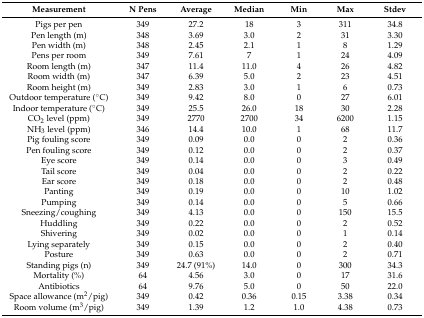
<table><thead><tr><td><b>Measurement</b></td><td><b>N Pens</b></td><td><b>Average</b></td><td><b>Median</b></td><td><b>Min</b></td><td><b>Max</b></td><td><b>Stdev</b></td></tr></thead><tbody><tr><td>Pigs per pen</td><td>349</td><td>27.2</td><td>18</td><td>3</td><td>311</td><td>34.8</td></tr><tr><td>Pen length (m)</td><td>348</td><td>3.69</td><td>3.0</td><td>2</td><td>31</td><td>3.30</td></tr><tr><td>Pen width (m)</td><td>348</td><td>2.45</td><td>2.1</td><td>1</td><td>8</td><td>1.29</td></tr><tr><td>Pens per room</td><td>349</td><td>7.61</td><td>7</td><td>1</td><td>24</td><td>4.09</td></tr><tr><td>Room length (m)</td><td>347</td><td>11.4</td><td>11.0</td><td>4</td><td>26</td><td>4.82</td></tr><tr><td>Room width (m)</td><td>347</td><td>6.39</td><td>5.0</td><td>2</td><td>23</td><td>4.51</td></tr><tr><td>Room height (m)</td><td>349</td><td>2.83</td><td>3.0</td><td>1</td><td>6</td><td>0.73</td></tr><tr><td>Outdoor temperature (°C)</td><td>349</td><td>9.42</td><td>8.0</td><td>0</td><td>27</td><td>6.01</td></tr><tr><td>Indoor temperature (°C)</td><td>349</td><td>25.5</td><td>26.0</td><td>18</td><td>30</td><td>2.28</td></tr><tr><td>CO<sub>2</sub> level (ppm)</td><td>349</td><td>2770</td><td>2700</td><td>34</td><td>6200</td><td>1.15</td></tr><tr><td>NH<sub>3</sub> level (ppm)</td><td>346</td><td>14.4</td><td>10.0</td><td>1</td><td>68</td><td>11.7</td></tr><tr><td>Pig fouling score</td><td>349</td><td>0.09</td><td>0.0</td><td>0</td><td>2</td><td>0.36</td></tr><tr><td>Pen fouling score</td><td>349</td><td>0.12</td><td>0.0</td><td>0</td><td>2</td><td>0.37</td></tr><tr><td>Eye score</td><td>349</td><td>0.14</td><td>0.0</td><td>0</td><td>3</td><td>0.49</td></tr><tr><td>Tail score</td><td>349</td><td>0.04</td><td>0.0</td><td>0</td><td>2</td><td>0.22</td></tr><tr><td>Ear score</td><td>349</td><td>0.18</td><td>0.0</td><td>0</td><td>2</td><td>0.48</td></tr><tr><td>Panting</td><td>349</td><td>0.19</td><td>0.0</td><td>0</td><td>10</td><td>1.02</td></tr><tr><td>Pumping</td><td>349</td><td>0.14</td><td>0.0</td><td>0</td><td>5</td><td>0.66</td></tr><tr><td>Sneezing/coughing</td><td>349</td><td>4.13</td><td>0.0</td><td>0</td><td>150</td><td>15.5</td></tr><tr><td>Huddling </td><td>349</td><td>0.22</td><td>0.0</td><td>0</td><td>2</td><td>0.52</td></tr><tr><td>Shivering</td><td>349</td><td>0.02</td><td>0.0</td><td>0</td><td>1</td><td>0.14</td></tr><tr><td>Lying separately</td><td>349</td><td>0.15</td><td>0.0</td><td>0</td><td>2</td><td>0.40</td></tr><tr><td>Posture</td><td>349</td><td>0.63</td><td>0.0</td><td>0</td><td>2</td><td>0.71</td></tr><tr><td>Standing pigs (n)</td><td>349</td><td>24.7 (91%)</td><td>14.0</td><td>0</td><td>300</td><td>34.3</td></tr><tr><td>Mortality (%)</td><td>64</td><td>4.56</td><td>3.0</td><td>0</td><td>17</td><td>31.6</td></tr><tr><td>Antibiotics</td><td>64</td><td>9.76</td><td>5.0</td><td>0</td><td>50</td><td>22.0</td></tr><tr><td>Space allowance (m<sup>2</sup>/pig)</td><td>349</td><td>0.42</td><td>0.36</td><td>0.15</td><td>3.38</td><td>0.34</td></tr><tr><td>Room volume (m<sup>3</sup>/pig)</td><td>349</td><td>1.39</td><td>1.2</td><td>1.0</td><td>4.38</td><td>0.73</td></tr></tbody></table>